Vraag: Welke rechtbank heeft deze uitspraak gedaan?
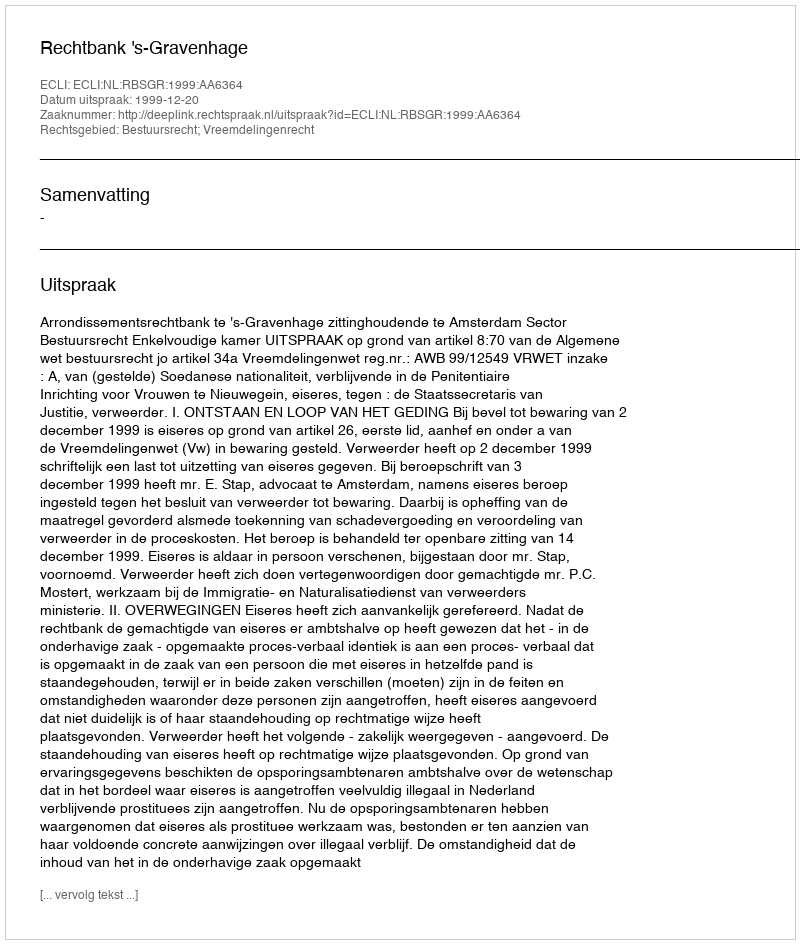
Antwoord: Rechtbank 's-Gravenhage